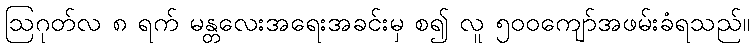
ဩဂုတ်လ ၈ ရက် မန္တလေးအရေးအခင်းမှ စ၍ လူ ၅၀၀ကျော်အဖမ်းခံရသည်။